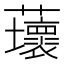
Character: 蘾